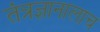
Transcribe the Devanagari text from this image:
तंत्रज्ञानालाच